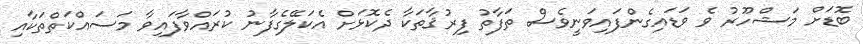
ބޮޑަށް މަޝްހޫރު ވެ ވަޑައިގެންފައިވަނީވެސް ތަފާތު ފިރުޤާތަކާ ދެކޮޅަށް އެކަލޭގެފާނު ކުރައްވާފައިވާ މަސައްކަތްތަކާއި